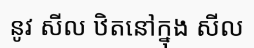
នូវ សីល ឋិតនៅក្នុង សីល